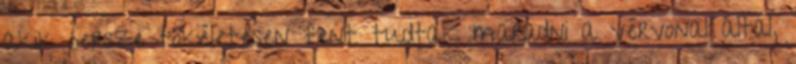
akik persze tökéletesen fent tudtak maradni a vérvonal által,